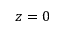
z = 0